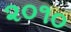
૨૦૧૦